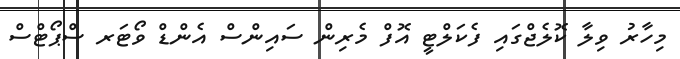
މިހާރު ވިލާ ކޮލެޖްގައި ފެކަލްޓީ އޮފް މެރިން ސައިންސް އެންޑް ވޯޓަރ ސްޕޯޓްސް